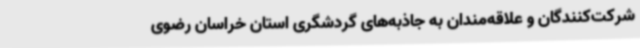
شرکت‌کنندگان و علاقه‌مندان به جاذبه‌های گردشگری استان خراسان رضوی